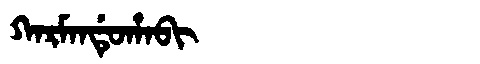
Manchu: ᡴᠠᡵᠮᠠᠨᡩᡠᡥᠠᠪᡳ
Romanization: KARMANDUHABI